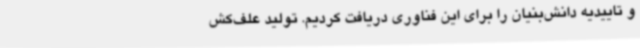
و تاییدیه دانش‌بنیان را برای این فناوری دریافت کردیم. تولید علف‌کش